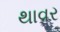
થાવર